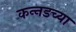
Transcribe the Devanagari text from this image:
कन्‍नडच्या